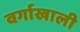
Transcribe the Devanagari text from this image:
वर्गाखाली